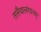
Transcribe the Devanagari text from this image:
तलैयालंगानम्